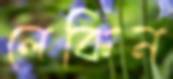
লেকিন